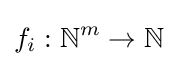
f_{i}:\mathbb {N} ^{m}\to \mathbb {N}